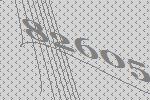
82605